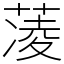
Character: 蓤